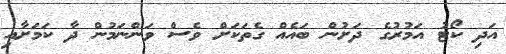
އަދި ކޯޓު އަމުރުގެ ދަށުން ބައެއް ގެތަކަށް ވެސް ވަންނަމުން ދާ ކަމަށާއި